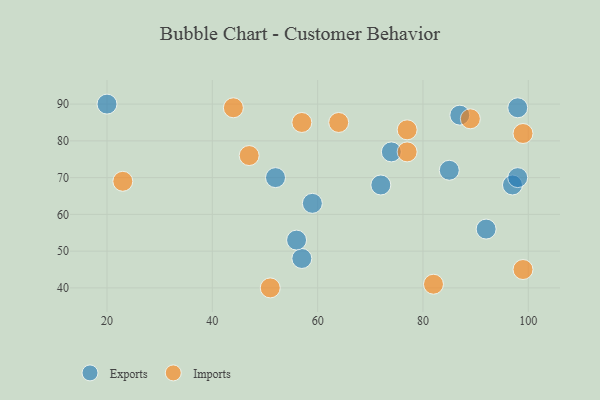
{"axis": {"x": "GDP", "y": "Life Expectancy"}, "legend": ["Exports", "Imports"], "data": [{"x": "57", "y": 48, "type": "Exports"}, {"x": "72", "y": 68, "type": "Exports"}, {"x": "85", "y": 72, "type": "Exports"}, {"x": "56", "y": 53, "type": "Exports"}, {"x": "52", "y": 70, "type": "Exports"}, {"x": "98", "y": 89, "type": "Exports"}, {"x": "87", "y": 87, "type": "Exports"}, {"x": "92", "y": 56, "type": "Exports"}, {"x": "97", "y": 68, "type": "Exports"}, {"x": "98", "y": 70, "type": "Exports"}, {"x": "20", "y": 90, "type": "Exports"}, {"x": "74", "y": 77, "type": "Exports"}, {"x": "59", "y": 63, "type": "Exports"}, {"x": "77", "y": 77, "type": "Imports"}, {"x": "64", "y": 85, "type": "Imports"}, {"x": "23", "y": 69, "type": "Imports"}, {"x": "44", "y": 89, "type": "Imports"}, {"x": "99", "y": 45, "type": "Imports"}, {"x": "99", "y": 82, "type": "Imports"}, {"x": "47", "y": 76, "type": "Imports"}, {"x": "77", "y": 83, "type": "Imports"}, {"x": "51", "y": 40, "type": "Imports"}, {"x": "82", "y": 41, "type": "Imports"}, {"x": "57", "y": 85, "type": "Imports"}, {"x": "89", "y": 86, "type": "Imports"}]}